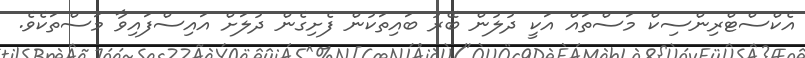
އެކްސްޓްރިންސިކް މަސްތައް އަކީ ދުލުން ބޭރު ބައިތަކުން ފެށިގެން ދުލަށް އައިސްފައިވާ މަސްތަކެވެ.